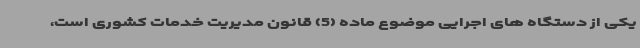
یکی از دستگاه های اجرایی موضوع ماده (5) قانون مدیریت خدمات کشوری است،